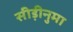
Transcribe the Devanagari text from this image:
सीड़ीनुमा